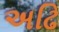
અઢિ